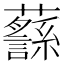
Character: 𧄎